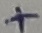
Text: +